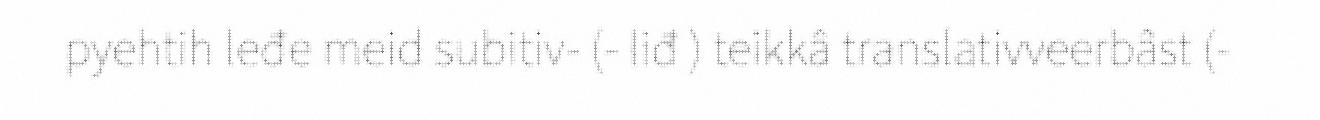
pyehtih leđe meid subitiv- (- liđ ) teikkâ translativveerbâst (-